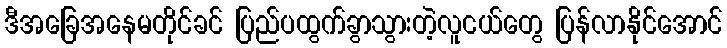
ဒီအခြေအနေမတိုင်ခင် ပြည်ပထွက်ခွာသွားတဲ့လူငယ်တွေ ပြန်လာနိုင်အောင်